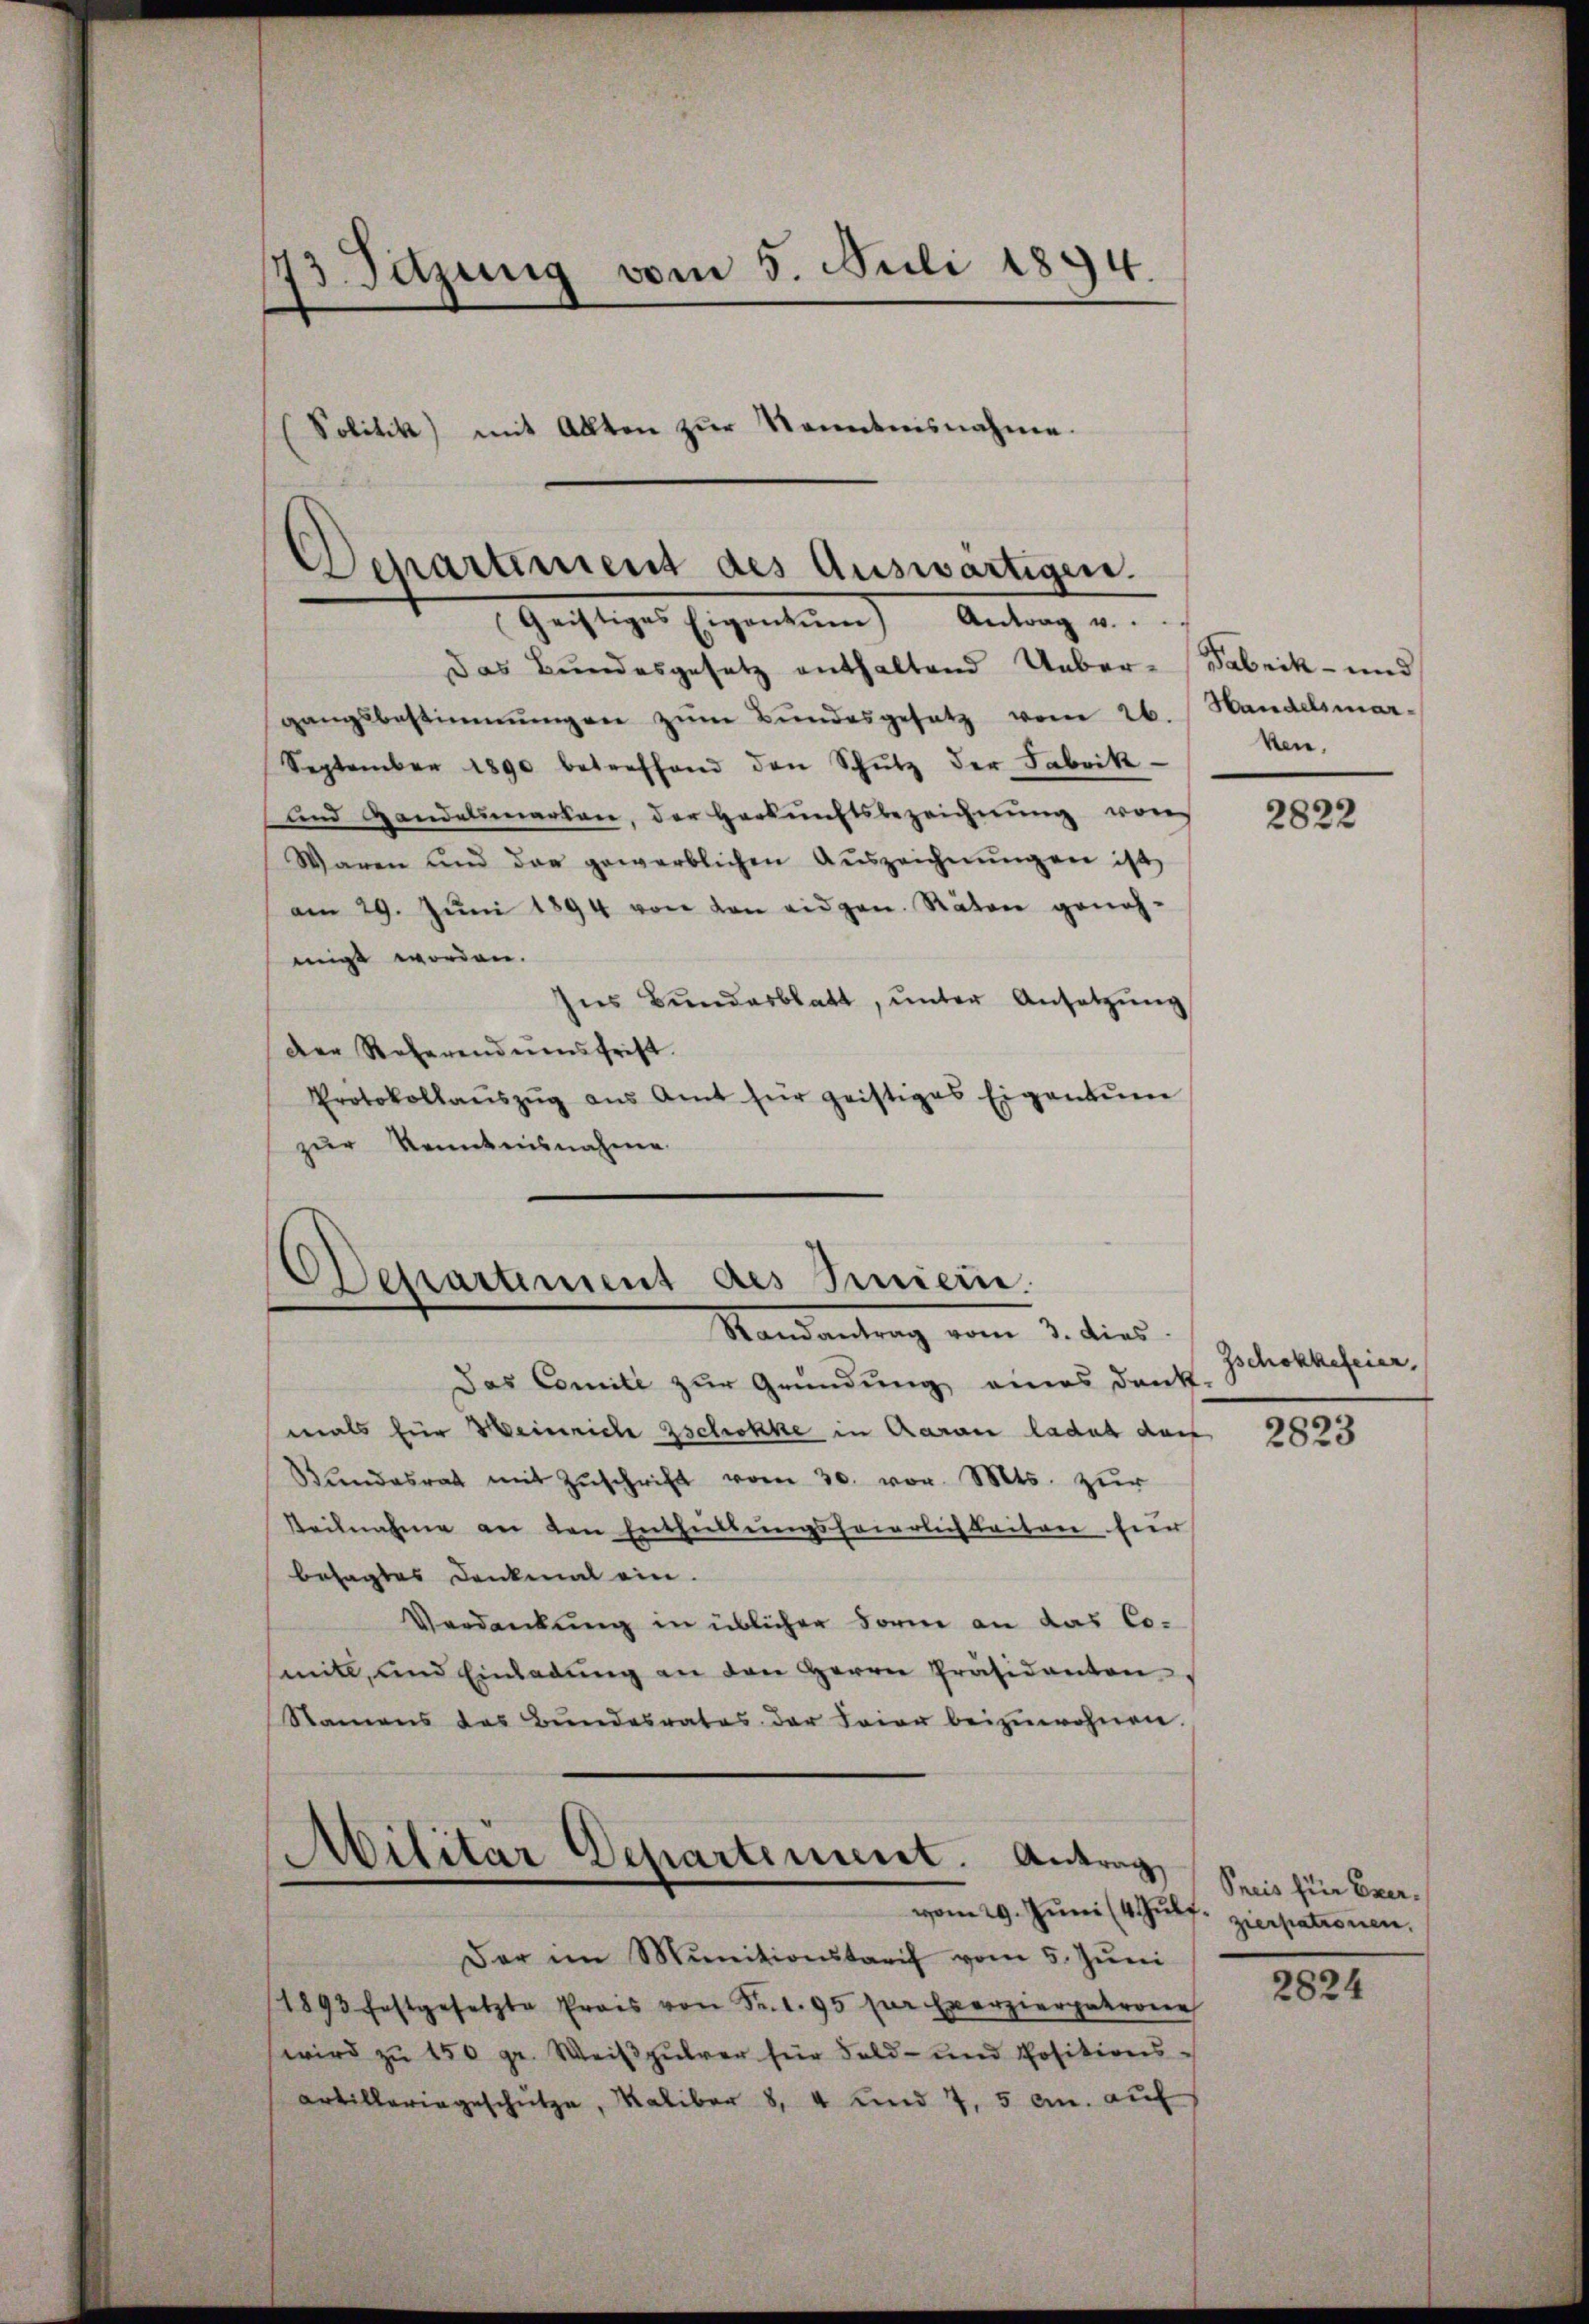
73. Dazung vom 5. Juli 1894.
(Politik mit Allten zŭr Kenntnisnahme.

Departement des Auswärtigen.
Geistiges Eigentum Antrag u.

Das Bundesgesetz enthaltend Ueber-Fabrik- und
gangsbestimmungen zŭm Bŭndesgesetz vom 26. Handelsmar-
September 1890 betreffend den Schŭtz der Fabrik-
und Handelsmarken, der Herkunftsbezeichnŭng von
Waren und das gewerblichen Auszeichnŭngen ist,
am 29. Jŭni 1894 von den eidgen. Räten geneh-
migt worden.
Ins Bŭndesblatt, ŭnter Ansetzŭng
Der Referendumsfrist.
Protokollaŭszŭg aŭs Amt für geistiges Eigentum
zur Kenntnisnahme

Departiment des Innern.
Randantrag vom 3. dies

Militär Departement. Antrag
vom 29. Jŭni (4 Hülfe zierpatronen.
Der im Munitionstraf vom 5. Juni

Das Comite zur Gründung eines Dank
mals für Weinriche schokke in daran ladet durf
Bŭndesrat mit Zŭschrift vom 30. vor. Mts. zur
Teilnahme an den Enthüllungsfeierlichkeiten für
besagtes Denkmal ein.
Verdankung in üblicher Form an das Comitl, und Einladŭng an den Herrn Präsidanten,
Namens des Bŭndesrates der Feier beizuwohnen.

ken.

(1893 festgesetzte Preis von Sr. l. 95 für Exerzierpakrone
wird zu 150 gr. Weißpulver für Feld- und Positions-
Artilleringeschütze, Kaliber 8, 4 und 7, 5 cm. auf

2822

Zschokkefeier,

2823

Preis für Exer¬

2824